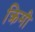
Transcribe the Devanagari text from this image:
क्रिमी